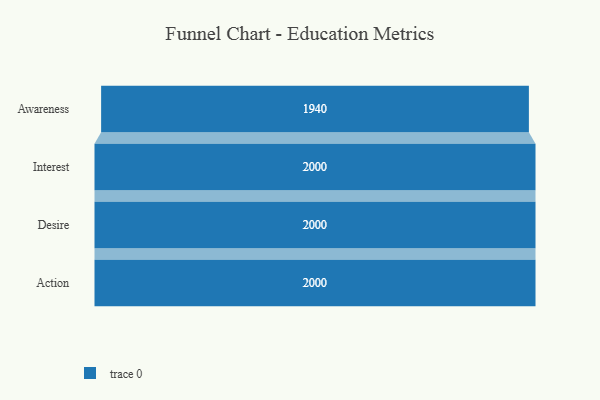
{"axis": {"x": "Stage", "y": "Value"}, "legend": [""], "data": [{"x": "Awareness", "y": 1940.0, "type": ""}, {"x": "Interest", "y": 2000, "type": ""}, {"x": "Desire", "y": 2000, "type": ""}, {"x": "Action", "y": 2000, "type": ""}]}